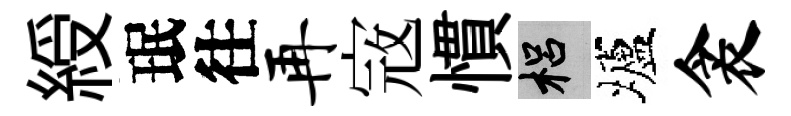
綬珉往再𡨥慣梠壚衾